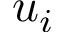
u _ { i }